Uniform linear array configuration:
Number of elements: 24
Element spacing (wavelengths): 0.5
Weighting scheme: hamming
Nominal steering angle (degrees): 30
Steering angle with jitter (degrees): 30.219
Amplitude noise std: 0.05
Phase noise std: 0.05

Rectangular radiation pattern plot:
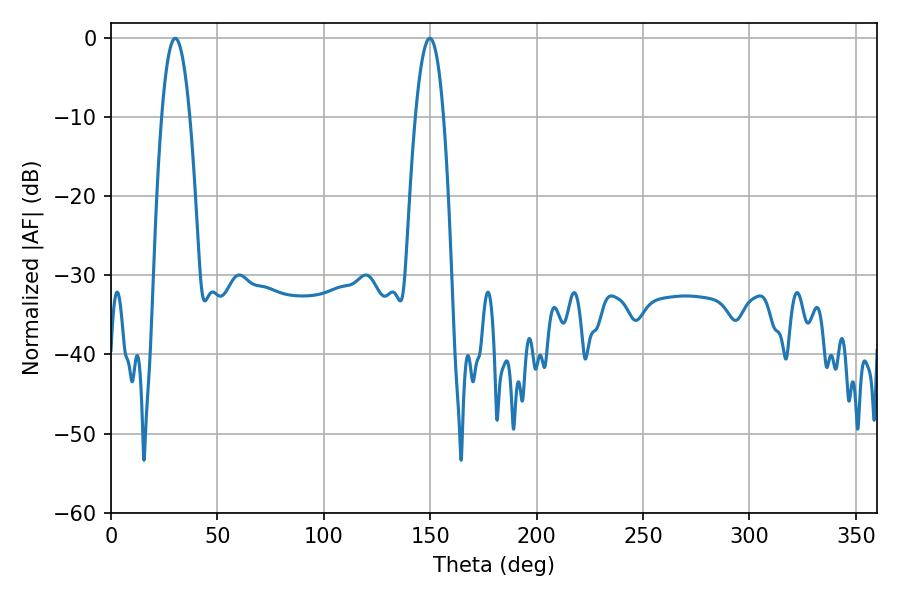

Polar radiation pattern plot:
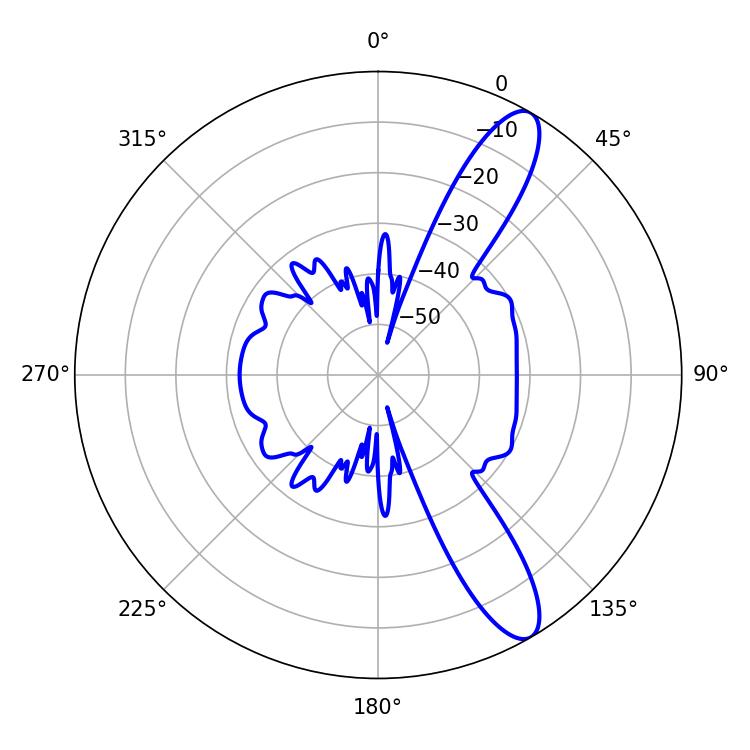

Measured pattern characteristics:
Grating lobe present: FALSE
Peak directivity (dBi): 11.599
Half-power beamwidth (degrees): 7.2
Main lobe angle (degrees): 30.24